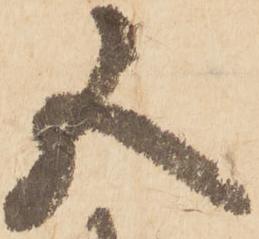
五